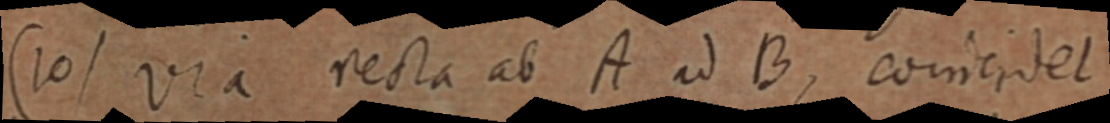
(10) via recta ab A ad B, coincidet